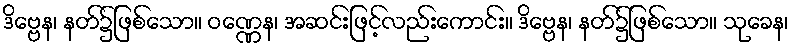
ဒိဗ္ဗေန၊ နတ်၌ဖြစ်သော။ ဝဏ္ဏေန၊ အဆင်းဖြင့်လည်းကောင်း။ ဒိဗ္ဗေန၊ နတ်၌ဖြစ်သော။ သုခေန၊